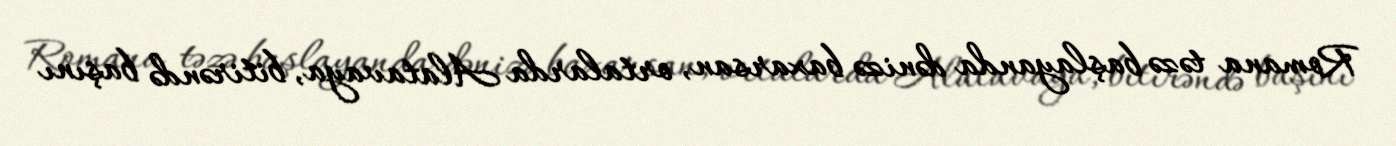
Romana təzə başlayanda dənizə baxarsan, ortalarda Alatavaya, bitirəndə başını